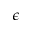
\epsilon